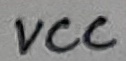
Text: VCC